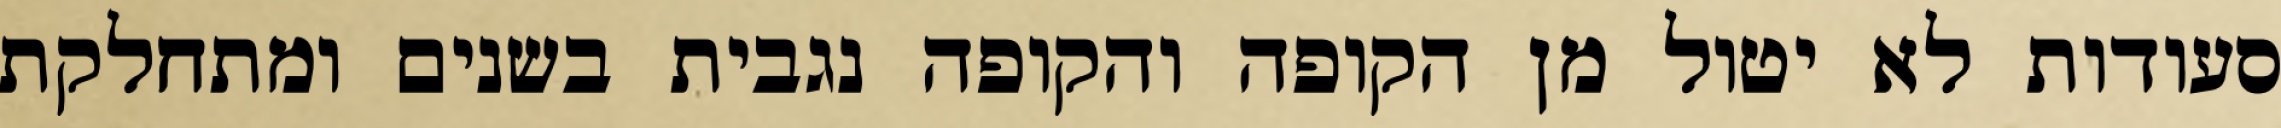
סעודות לא יטול מן הקופה והקופה נגבית בשנים ומתחלקת